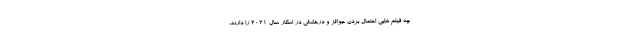
چه فیلم هایی احتمال بردن جوائز و درخشش در اسکار سال 2021 را دارند.